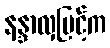
နန္ဒာလှမြင့်က